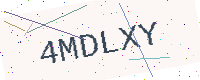
Text: 4MDLXY